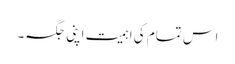
اس تمام کی اہمیت اپنی جگہ۔